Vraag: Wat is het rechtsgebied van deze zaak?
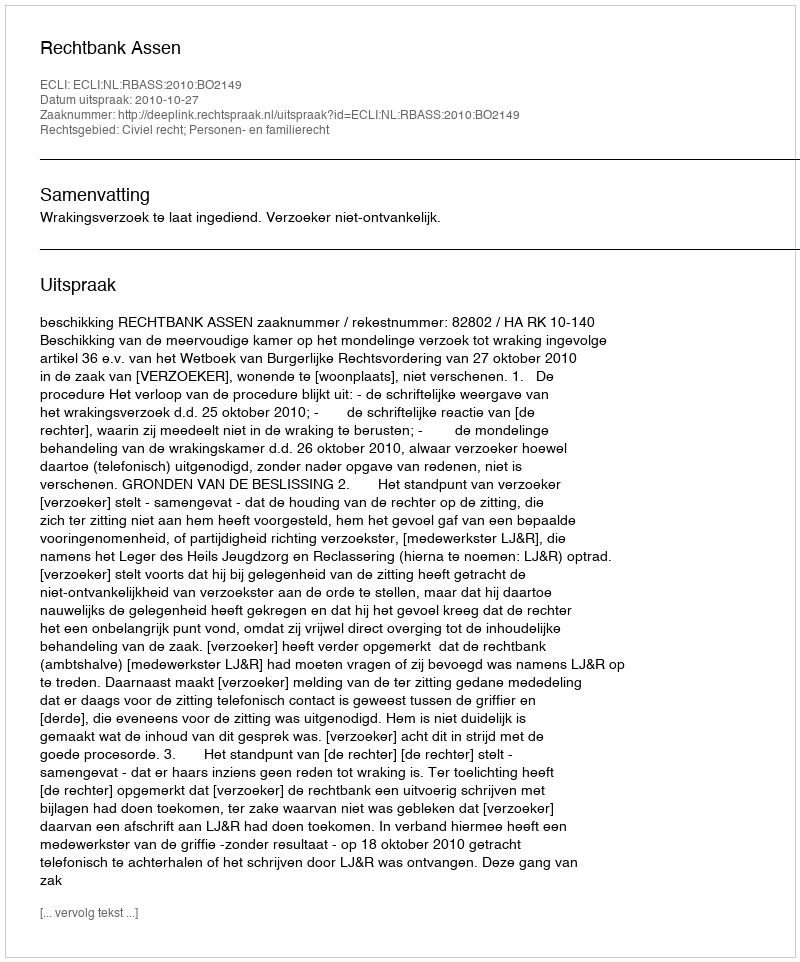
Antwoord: Civiel recht; Personen- en familierecht